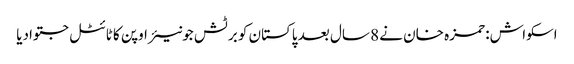
اسکواش: حمزہ خان نے 8 سال بعد پاکستان کو برٹش جونیئر اوپن کا ٹائٹل جتوادیا